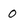
Character: 0